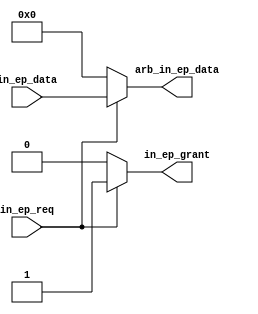
// This program was cloned from: https://github.com/davidthings/tinyfpga_bx_usbserial
// License: Apache License 2.0

module usb_fs_in_arb #(
  parameter NUM_IN_EPS = 1
) (
  ////////////////////
  // endpoint interface
  ////////////////////
  input [NUM_IN_EPS-1:0] in_ep_req,
  output reg [NUM_IN_EPS-1:0] in_ep_grant,
  input [(NUM_IN_EPS*8)-1:0] in_ep_data,


  ////////////////////
  // protocol engine interface
  ////////////////////
  output reg [7:0] arb_in_ep_data
);
  integer i;
  reg grant;

  always @* begin
    grant = 0;

    arb_in_ep_data <= 0;

    for (i = 0; i < NUM_IN_EPS; i = i + 1) begin
      in_ep_grant[i] <= 0;

      if (in_ep_req[i] && !grant) begin
        in_ep_grant[i] <= 1;
        arb_in_ep_data <= in_ep_data[i * 8 +: 8];
        grant = 1;
      end
    end

    // if (!grant) begin
    //    arb_in_ep_data <= 0;
    // end
  end
endmodule